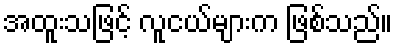
အထူးသဖြင့် လူငယ်များက ဖြစ်သည်။